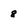
Character: 8